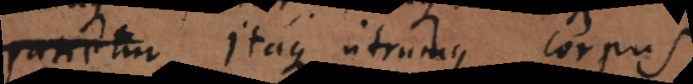
impeditur. Itaque utrumque corpus